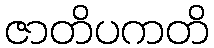
ဇာတိပကတိ